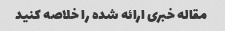
مقاله خبری ارائه شده را خلاصه کنید